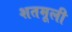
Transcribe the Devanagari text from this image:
शतमूली